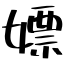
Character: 嫖